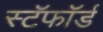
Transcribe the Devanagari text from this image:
स्टॅफॉर्ड